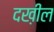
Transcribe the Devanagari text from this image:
दख़ील